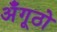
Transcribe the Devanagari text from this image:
अँगूठो